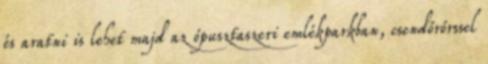
és aratni is lehet majd az ópusztaszeri emlékparkban, csendőrőrssel